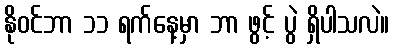
နိုဝင်ဘာ ၁၁ ရက်နေ့မှာ ဘာ ဖွင့် ပွဲ ရှိပါသလဲ။